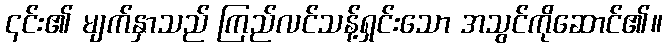
၎င်း၏ မျက်နှာသည် ကြည်လင်သန့်ရှင်းသော အသွင်ကိုဆောင်၏။